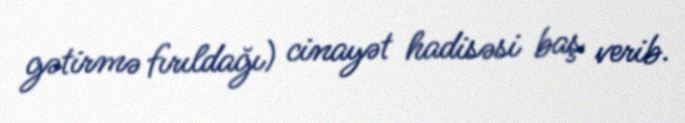
gətirmə fırıldağı) cinayət hadisəsi baş verib.